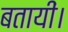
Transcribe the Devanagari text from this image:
बतायीं।